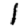
Digit: 1